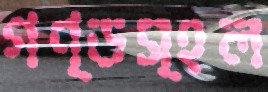
গণ্ডস্হল